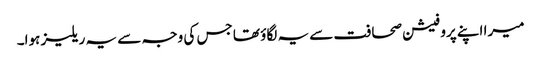
میرا اپنے پروفیشن صحافت سے یہ لگاؤ تھا جس کی وجہ سے یہ ریلیز ہوا۔